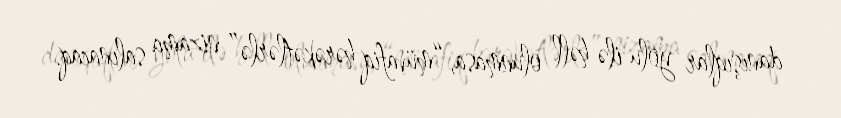
danışıqlar yolu ilə həll olunmasa, “müvafiq hərəkətlərlə” nizama salınacaq.